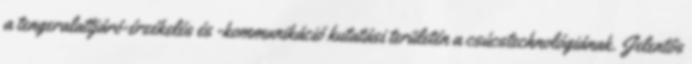
a tengeralattjáró-érzékelés és -kommunikáció kutatási területén a csúcstechnológiának. Jelentős